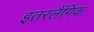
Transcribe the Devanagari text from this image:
इतरलैंगिक